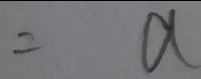
= a